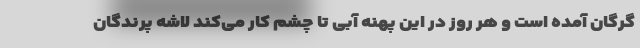
گرگان آمده است و هر روز در این پهنه آبی تا چشم کار می‌کند لاشه پرندگان